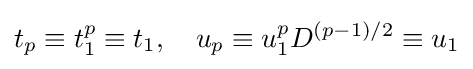
t_{p}\equiv t_{1}^{p}\equiv t_{1},\quad u_{p}\equiv u_{1}^{p}D^{(p-1)/2}\equiv u_{1}